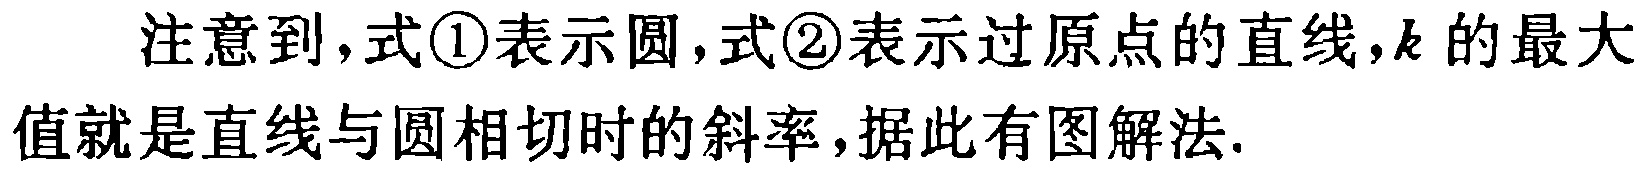
注意到，式\textcircled{1}表示圆，式\textcircled{2}表示过原点的直线，\(k\)的最大值就是直线与圆相切时的斜率，据此有图解法.